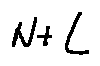
N + L